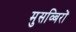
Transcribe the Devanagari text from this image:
मुसव्बिरों